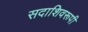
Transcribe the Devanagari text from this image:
सदाशिवरूपी